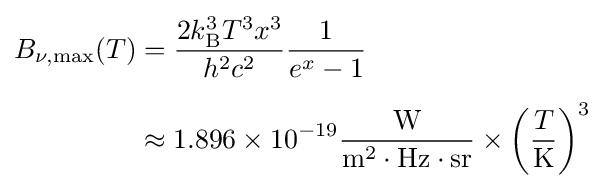
{\begin{aligned}B_{\nu ,{\text{max}}}(T)&={\frac {2k_{\mathrm {B} }^{3}T^{3}x^{3}}{h^{2}c^{2}}}{\frac {1}{e^{x}-1}}\\[1ex]&\approx 1.896\times 10^{-19}\mathrm {\frac {W}{m^{2}\cdot Hz\cdot sr}} \times {\left({\frac {T}{\mathrm {K} }}\right)}^{3}\end{aligned}}